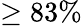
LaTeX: \geq 83\%